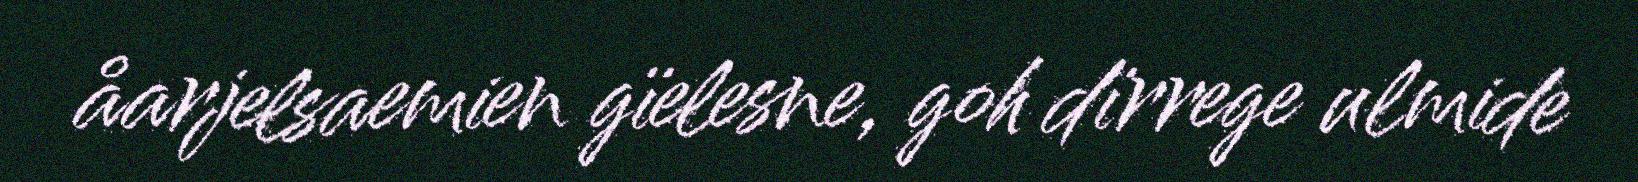
åarjelsaemien gïelesne, goh dïrrege ulmide